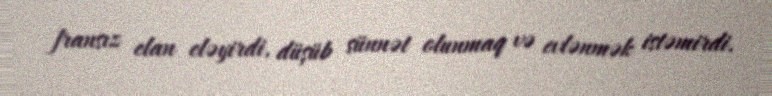
fransız elan eləyirdi, düşüb sünnət olunmaq və evlənmək istəmirdi.